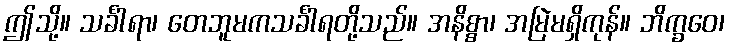
ဤသို့။ သင်္ခါရာ၊ တေဘူမကသင်္ခါရတို့သည်။ အနိစ္စာ၊ အမြဲမရှိကုန်။ ဘိက္ခဝေ၊